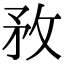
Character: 敄